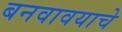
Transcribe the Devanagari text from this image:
बनवावयाचे